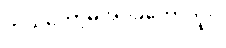
ကိုယ်တော့မအိပ်ခဲ့တော့ဘူး။